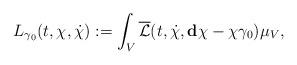
LaTeX: \begin{align*}L_{\gamma_0}(t,\chi,\dot\chi):=\int_V\overline{\mathcal{L}}(t,\dot\chi,\mathbf{d}\chi-\chi\gamma_0)\mu_V,\end{align*}